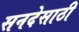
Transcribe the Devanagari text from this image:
सनदेसाठी